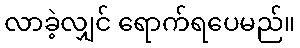
လာခဲ့လျှင် ရောက်ရပေမည်။